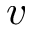
v